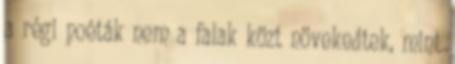
a régi poéták nem a falak közt növekedtek, mint